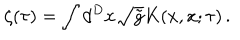
LaTeX: \zeta ( \tau ) = \int d ^ { D } x \sqrt { \tilde { g } } K ( x , x ; \tau ) \, .